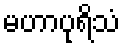
မဟာပုရိသံ